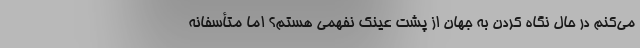
می‌کنم در حال نگاه کردن به جهان از پشت عینک نفهمی هستم؟ اما متأسفانه